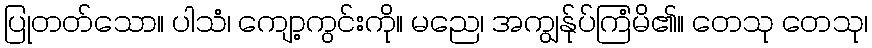
ပြုတတ်သော။ ပါသံ၊ ကျော့ကွင်းကို။ မညေ၊ အကျွန်ုပ်ကြံမိ၏။ တေသု တေသု၊